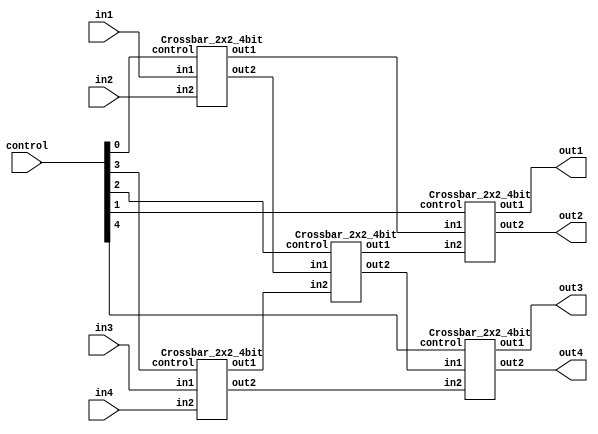
`timescale 1ns/1ps

module Crossbar_4x4_4bit(in1, in2, in3, in4, out1, out2, out3, out4, control);
input [4-1:0] in1, in2, in3, in4;
input [5-1:0] control;
output [4-1:0] out1, out2, out3, out4;
wire [3:0] crossbar1_1, crossbar1_2;
wire [3:0] crossbar2_1, crossbar2_2;
wire [3:0] crossbar3_1, crossbar3_2;

Crossbar_2x2_4bit c1(in1, in2, control[0], crossbar1_1, crossbar1_2);
Crossbar_2x2_4bit c2(in3, in4, control[3], crossbar2_1, crossbar2_2);
Crossbar_2x2_4bit c3(crossbar1_2, crossbar2_1, control[2], crossbar3_1, crossbar3_2);
Crossbar_2x2_4bit c4(crossbar1_1, crossbar3_1, control[1], out1, out2);
Crossbar_2x2_4bit c5(crossbar3_2, crossbar2_2, control[4], out3, out4);

endmodule

module Crossbar_2x2_4bit(in1, in2, control, out1, out2);
input [4-1:0] in1, in2;
input control;
output [4-1:0] out1, out2;
wire [3:0] dmux1_1, dmux1_2, dmux2_1, dmux2_2;
wire n_control;
not n0(n_control, control);

Dmux_1x2_4bit d0(in1, dmux1_1, dmux1_2, control);
Dmux_1x2_4bit d1(in2, dmux2_1, dmux2_2, n_control);

Mux_2x1_4bit m0(dmux1_1, dmux2_1, control, out1);
Mux_2x1_4bit m1(dmux1_2, dmux2_2, n_control, out2);

endmodule

module Dmux_1x2_4bit(in, a, b, sel);
input [4-1:0] in;
input sel;
output [4-1:0] a, b;
wire n_sel;
not n0(n_sel, sel);

//0
choose c0(in, n_sel, a);
//1
choose c1(in, sel, b);

endmodule

module choose(in, sel, out);

input [3:0] in;
input sel;
output [3:0] out;

and a0(out[0], sel, in[0]);
and a1(out[1], sel, in[1]);
and a2(out[2], sel, in[2]);
and a3(out[3], sel, in[3]);
endmodule

module Mux_2x1_4bit(a, b, sel, f);
input [3:0] a, b;
input sel;
output [3:0] f;

wire n_sel;
wire [3:0] temp0, temp1;
not n0(n_sel, sel);

filter f0(a, n_sel, temp0);
filter f1(b, sel, temp1);

or o0(f[0], temp0[0], temp1[0]);
or o1(f[1], temp0[1], temp1[1]);
or o2(f[2], temp0[2], temp1[2]);
or o3(f[3], temp0[3], temp1[3]);
endmodule

module filter(in, sel, out);
input [3:0] in;
input sel;
output [3:0] out;
and a1(out[0], sel, in[0]);
and a2(out[1], sel, in[1]);
and a3(out[2], sel, in[2]);
and a4(out[3], sel, in[3]);
endmodule